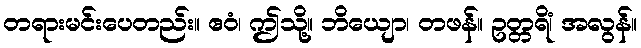
တရားမင်းပေတည်း။ ဧဝံ၊ ဤသို့။ ဘိယျော၊ တဖန်။ ဥတ္တရိံ၊ အလွန်။